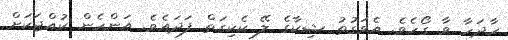
ހާދަހާ ވާ ގޯހެވެ. އެވަގުތު ޝިކާގެ ލޭ ކެކިގަތް ފަދައެވެ. އަންހެން ކުއްޖަކަށް